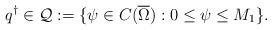
LaTeX: \begin{align*} q^\dag \in \mathcal Q:=\{\psi\in C(\overline \Omega): 0\le \psi\le M_1\}.\end{align*}